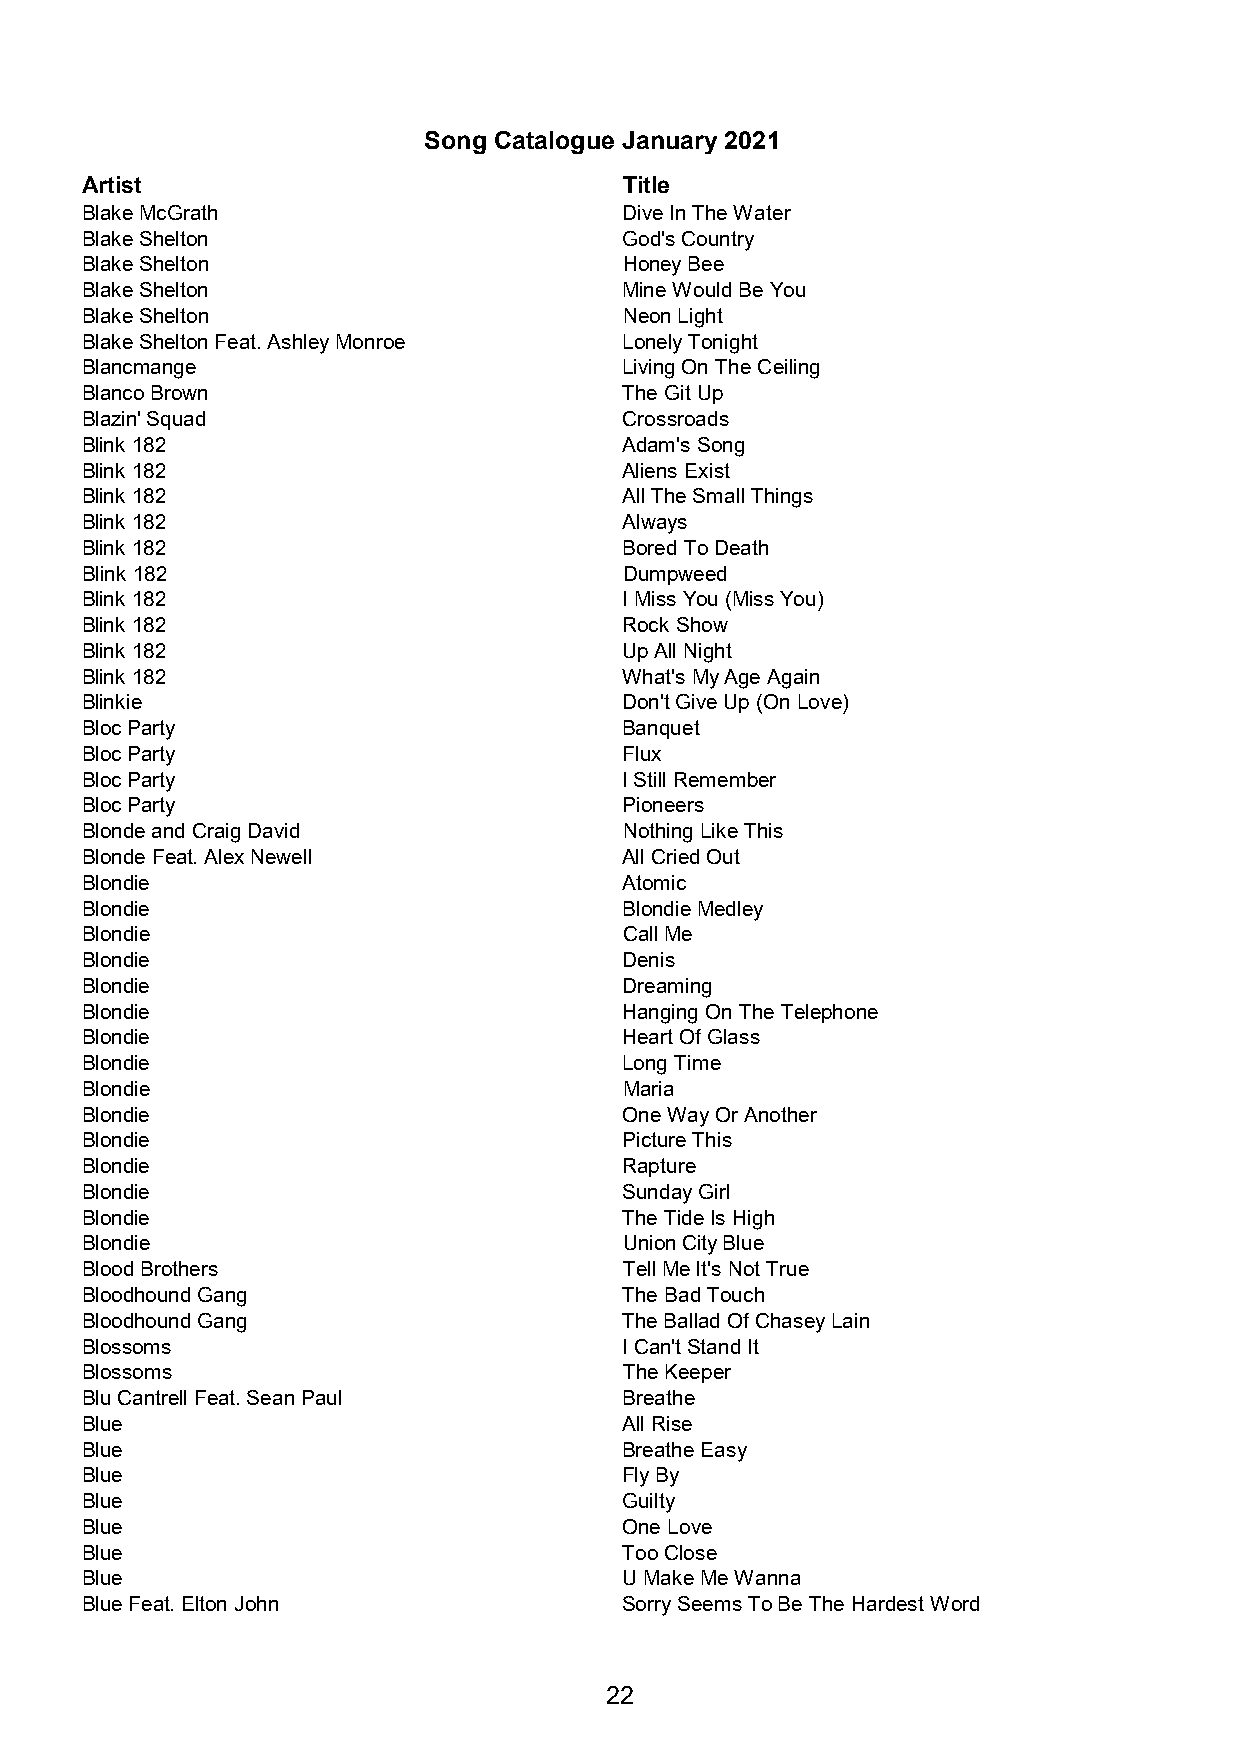
Song Catalogue January 2021
 Artist                              Title
 Blake McGrath                       Dive In The Water
 Blake Shelton                       God's Country
 Blake Shelton                       Honey Bee
 Blake Shelton                       Mine Would Be You
 Blake Shelton                       Neon Light
 Blake Shelton Feat. Ashley Monroe   Lonely Tonight
 Blancmange                          Living On The Ceiling
 Blanco Brown                        The Git Up
 Blazin' Squad                       Crossroads
 Blink 182                           Adam's Song
 Blink 182                           Aliens Exist
 Blink 182                           All The Small Things
 Blink 182                           Always
 Blink 182                           Bored To Death
 Blink 182                           Dumpweed
 Blink 182                           I Miss You (Miss You)
 Blink 182                           Rock Show
 Blink 182                           Up All Night
 Blink 182                           What's My Age Again
 Blinkie                             Don't Give Up (On Love)
 Bloc Party                          Banquet
 Bloc Party                          Flux
 Bloc Party                          I Still Remember
 Bloc Party                          Pioneers
 Blonde and Craig David              Nothing Like This
 Blonde Feat. Alex Newell            All Cried Out
 Blondie                             Atomic
 Blondie                             Blondie Medley
 Blondie                             Call Me
 Blondie                             Denis
 Blondie                             Dreaming
 Blondie                             Hanging On The Telephone
 Blondie                             Heart Of Glass
 Blondie                             Long Time
 Blondie                             Maria
 Blondie                             One Way Or Another
 Blondie                             Picture This
 Blondie                             Rapture
 Blondie                             Sunday Girl
 Blondie                             The Tide Is High
 Blondie                             Union City Blue
 Blood Brothers                      Tell Me It's Not True
 Bloodhound Gang                     The Bad Touch
 Bloodhound Gang                     The Ballad Of Chasey Lain
 Blossoms                            I Can't Stand It
 Blossoms                            The Keeper
 Blu Cantrell Feat. Sean Paul        Breathe
 Blue                                All Rise
 Blue                                Breathe Easy
 Blue                                Fly By
 Blue                                Guilty
 Blue                                One Love
 Blue                                Too Close
 Blue                                U Make Me Wanna
 Blue Feat. Elton John               Sorry Seems To Be The Hardest Word
 22